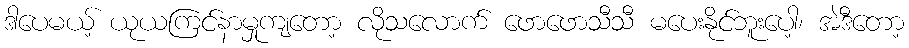
ဒါပေမယ့် ယုယကြင်နာမှုကျတော့ လိုသလောက် ဖောဖောသီသီ မပေးနိုင်ဘူးပေါ့၊ အဲဒီတော့